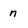
Character: n